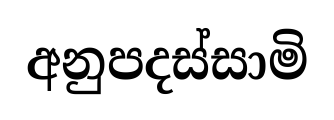
අනුපදස්සාමි